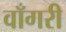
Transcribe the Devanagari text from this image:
वाँगरी